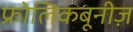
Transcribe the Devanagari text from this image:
फ्रोलिकबूनीज़